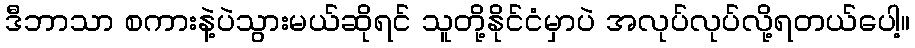
ဒီဘာသာ စကားနဲ့ပဲသွားမယ်ဆိုရင် သူတို့နိုင်ငံမှာပဲ အလုပ်လုပ်လို့ရတယ်ပေါ့။